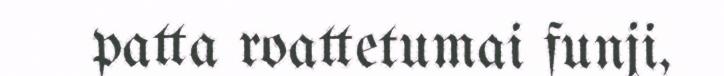
patta roattetumai funji,